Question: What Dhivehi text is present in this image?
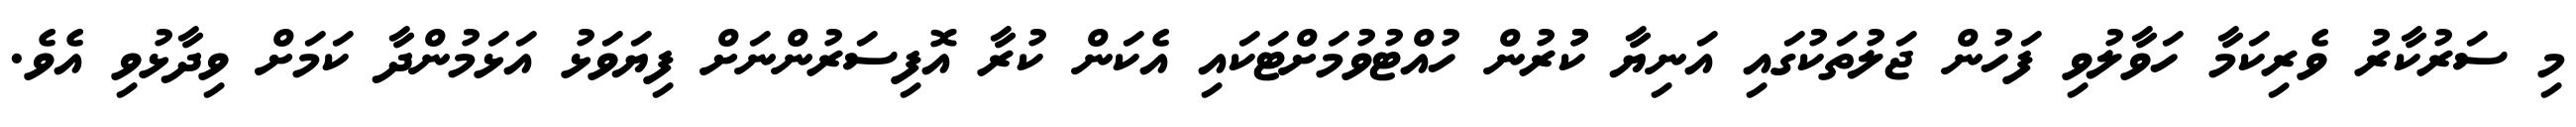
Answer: މި ސަރުކާރު ވެރިކަމާ ހަވާލުވި ފަހުން ޖަލުތަކުގައި އަނިޔާ ކުުރުން ހުއްޓުވުމަށްޓަކައި އެކަން ކުރާ އޮފިސަރުންނަށް ފިޔަވަޅު އަޅަމުންދާ ކަމަށް ވިދާޅުވި އެވެ.